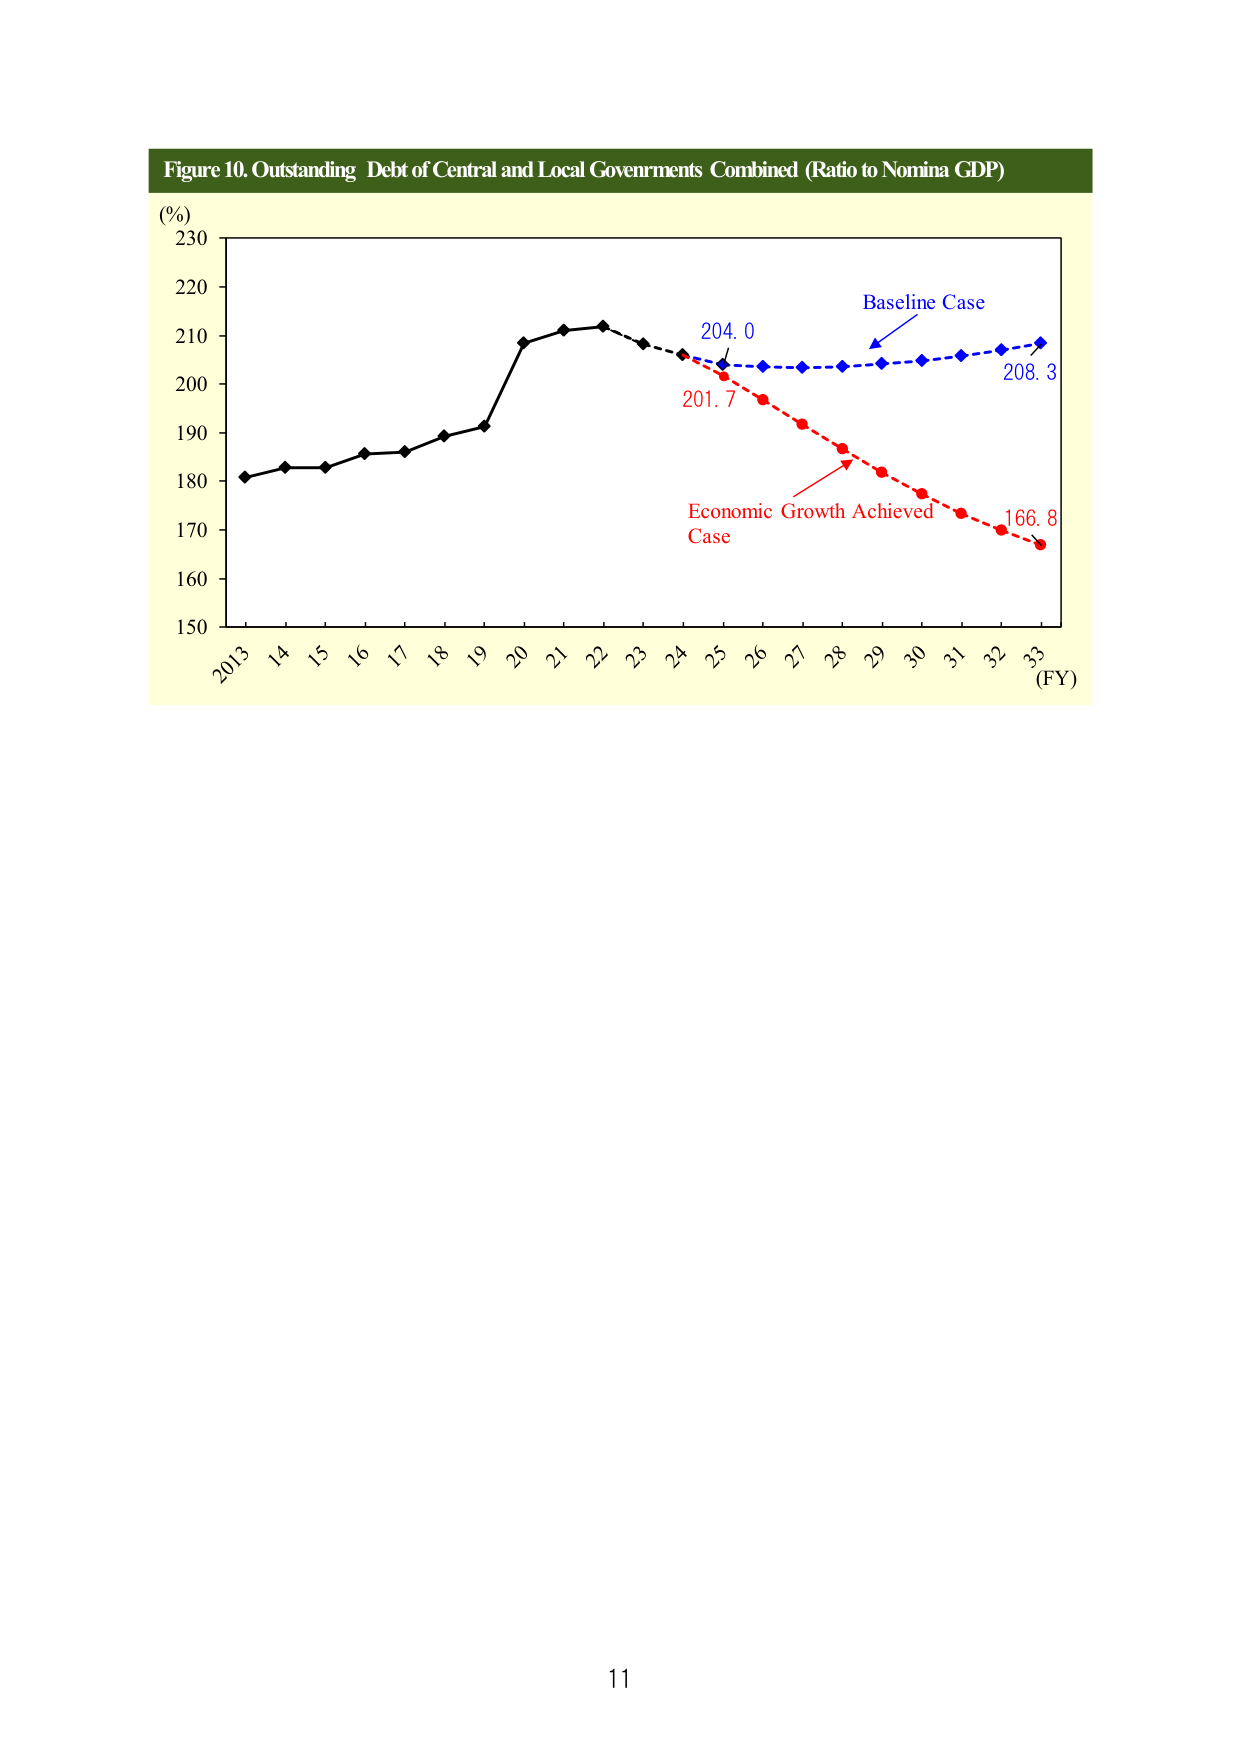
Figure 10. Outstanding Debt of Central and Local Governments Combined (Ratio to Nomina GDP)
(%)
230
220
210
200
190
180
170
160
150
2013 14 15 16 17 18 19 20 21 22 23 24 25 26 27 28 29 30 31 32 33
(FY)
Baseline Case
204.0
208.3
Economic Growth Achieved
Case
201.7
166.8
11